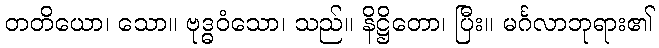
တတိယော၊ သော။ ဗုဒ္ဓဝံသော၊ သည်။ နိဋ္ဌိတော၊ ပြီး။ မင်္ဂလာဘုရား၏